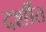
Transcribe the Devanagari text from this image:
दर्शीत